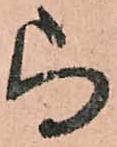
尚